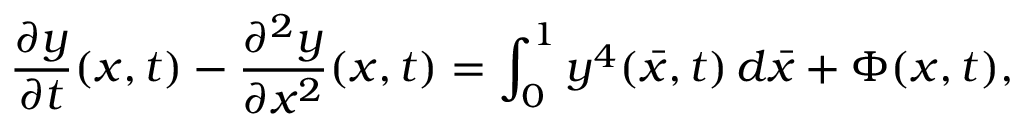
\frac { \partial y } { \partial t } ( x , t ) - \frac { \partial ^ { 2 } y } { \partial x ^ { 2 } } ( x , t ) = \int _ { 0 } ^ { 1 } y ^ { 4 } ( \bar { x } , t ) \, d \bar { x } + \Phi ( x , t ) ,